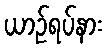
ယာဉ်ရပ်နား